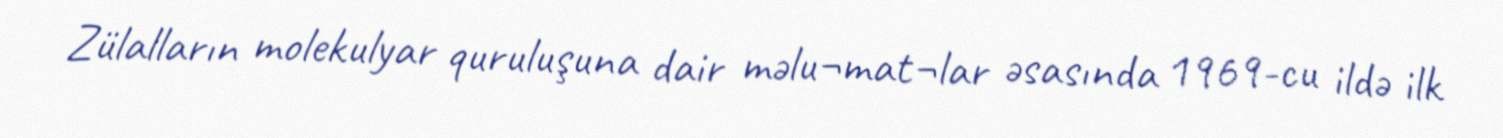
Zülalların molekulyar quruluşuna dair məlu¬mat¬lar əsasında 1969-cu ildə ilk